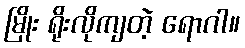
မြိုး ရိုးလိုကျတဲ့ ရောဂါ။